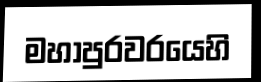
මහාපුරවරයෙහි